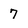
Character: 7